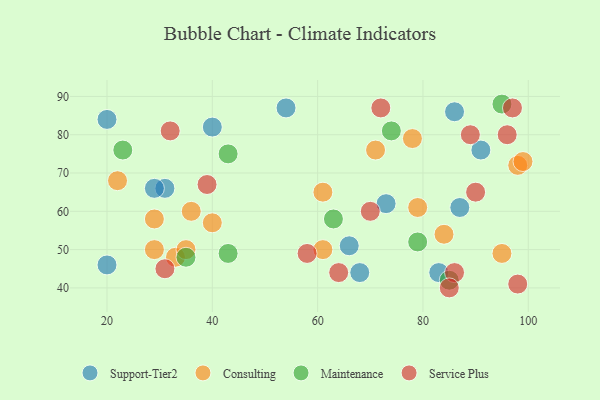
{"axis": {"x": "GDP", "y": "Life Expectancy"}, "legend": ["Consulting", "Maintenance", "Service Plus", "Support-Tier2"], "data": [{"x": "31", "y": 66, "type": "Support-Tier2"}, {"x": "68", "y": 44, "type": "Support-Tier2"}, {"x": "86", "y": 86, "type": "Support-Tier2"}, {"x": "29", "y": 66, "type": "Support-Tier2"}, {"x": "66", "y": 51, "type": "Support-Tier2"}, {"x": "73", "y": 62, "type": "Support-Tier2"}, {"x": "40", "y": 82, "type": "Support-Tier2"}, {"x": "87", "y": 61, "type": "Support-Tier2"}, {"x": "20", "y": 84, "type": "Support-Tier2"}, {"x": "91", "y": 76, "type": "Support-Tier2"}, {"x": "20", "y": 46, "type": "Support-Tier2"}, {"x": "83", "y": 44, "type": "Support-Tier2"}, {"x": "54", "y": 87, "type": "Support-Tier2"}, {"x": "33", "y": 48, "type": "Consulting"}, {"x": "84", "y": 54, "type": "Consulting"}, {"x": "29", "y": 58, "type": "Consulting"}, {"x": "40", "y": 57, "type": "Consulting"}, {"x": "95", "y": 49, "type": "Consulting"}, {"x": "35", "y": 50, "type": "Consulting"}, {"x": "61", "y": 65, "type": "Consulting"}, {"x": "22", "y": 68, "type": "Consulting"}, {"x": "78", "y": 79, "type": "Consulting"}, {"x": "98", "y": 72, "type": "Consulting"}, {"x": "71", "y": 76, "type": "Consulting"}, {"x": "61", "y": 50, "type": "Consulting"}, {"x": "99", "y": 73, "type": "Consulting"}, {"x": "36", "y": 60, "type": "Consulting"}, {"x": "79", "y": 61, "type": "Consulting"}, {"x": "29", "y": 50, "type": "Consulting"}, {"x": "43", "y": 75, "type": "Maintenance"}, {"x": "63", "y": 58, "type": "Maintenance"}, {"x": "74", "y": 81, "type": "Maintenance"}, {"x": "95", "y": 88, "type": "Maintenance"}, {"x": "79", "y": 52, "type": "Maintenance"}, {"x": "35", "y": 48, "type": "Maintenance"}, {"x": "85", "y": 42, "type": "Maintenance"}, {"x": "43", "y": 49, "type": "Maintenance"}, {"x": "23", "y": 76, "type": "Maintenance"}, {"x": "89", "y": 80, "type": "Service Plus"}, {"x": "72", "y": 87, "type": "Service Plus"}, {"x": "39", "y": 67, "type": "Service Plus"}, {"x": "86", "y": 44, "type": "Service Plus"}, {"x": "70", "y": 60, "type": "Service Plus"}, {"x": "98", "y": 41, "type": "Service Plus"}, {"x": "58", "y": 49, "type": "Service Plus"}, {"x": "32", "y": 81, "type": "Service Plus"}, {"x": "85", "y": 40, "type": "Service Plus"}, {"x": "97", "y": 87, "type": "Service Plus"}, {"x": "96", "y": 80, "type": "Service Plus"}, {"x": "64", "y": 44, "type": "Service Plus"}, {"x": "31", "y": 45, "type": "Service Plus"}, {"x": "90", "y": 65, "type": "Service Plus"}]}